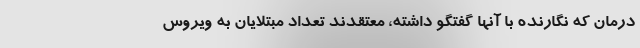
درمان که نگارنده با آنها گفتگو داشته، معتقدند تعداد مبتلایان به ویروس